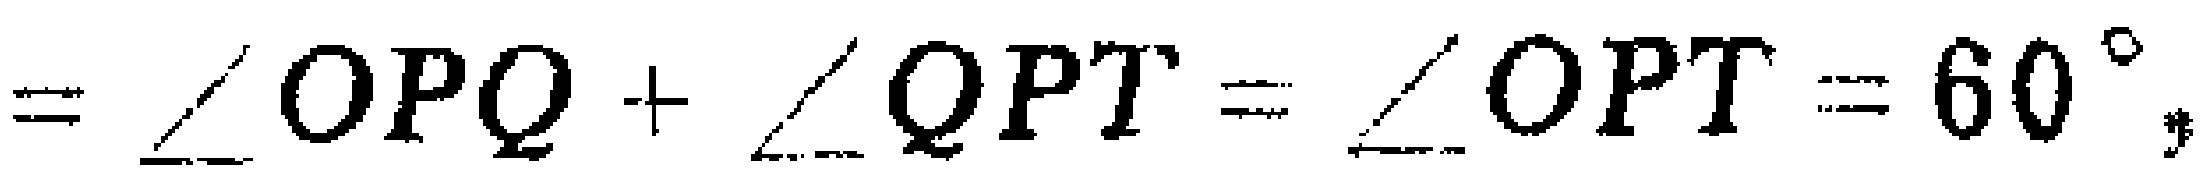
$=\angle OPQ + \angle QPT=\angle OPT = 60^{\circ}$